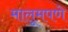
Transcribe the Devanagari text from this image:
मालूमपणे